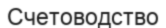
Счетоводство